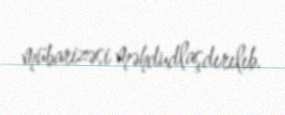
mübarizəsi məhdudlaşdırılıb.